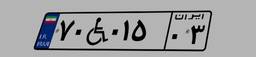
۷۰W۰۱۵۰۳